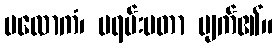
ပလောကံ၊ ပရမ်းပတာ ပျက်၏။